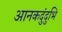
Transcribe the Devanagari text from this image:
आनकदुंदुभि